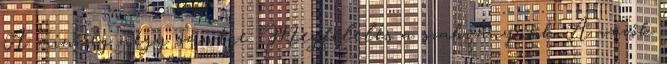
A minőség négy szintje: Megfelelés a szabványnak A vevők